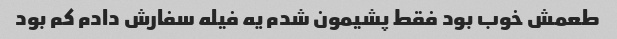
طعمش خوب بود فقط پشیمون شدم یه فیله سفارش دادم کم بود